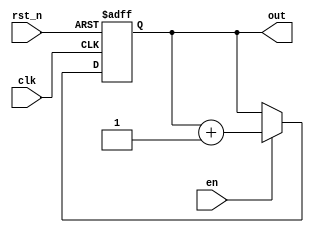
module counter (input clk, input rst_n, input en, output reg [7:0] out);
  always @(posedge clk or negedge rst_n) begin
    if (~rst_n)
      out <= 8'b00000000;
    else if (en)
      out <= out + 1'b1;
  end
endmodule